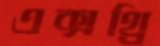
এক্সথ্রি